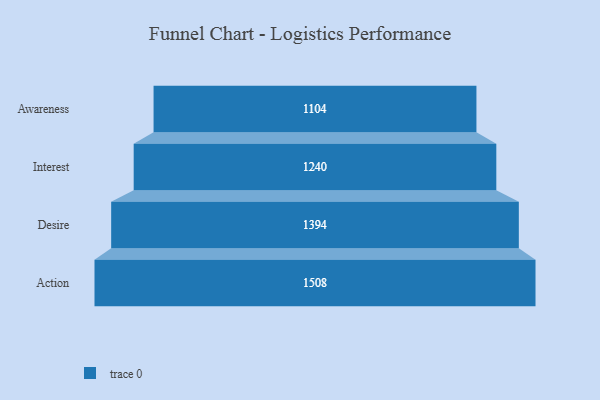
{"axis": {"x": "Stage", "y": "Value"}, "legend": [""], "data": [{"x": "Awareness", "y": 1104.0, "type": ""}, {"x": "Interest", "y": 1240.0, "type": ""}, {"x": "Desire", "y": 1394.0, "type": ""}, {"x": "Action", "y": 1508.0, "type": ""}]}